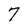
Character: 7